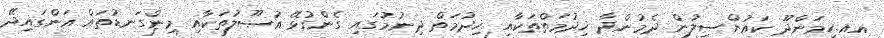
އއ.ހިމަންދޫ ކައުންސިލުން ދެމުންދާ ޚިދުމަތްތަކާއި ޚިދުމަތް ދިނުމުގައި ގެންގުޅޭ އުޞޫލުތަކާއި މިންގަނޑުތައް އަންގައިދޭ